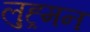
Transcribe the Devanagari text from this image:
लुह्र्मन